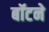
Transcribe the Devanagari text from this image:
बॉटने